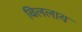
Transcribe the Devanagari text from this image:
बिललाय